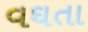
વઘતા